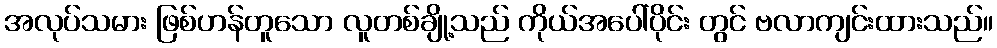
အလုပ်သမား ဖြစ်ဟန်တူသော လူတစ်ချို့သည် ကိုယ်အပေါ်ပိုင်း တွင် ဗလာကျင်းထားသည်။